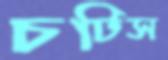
চটিস